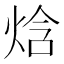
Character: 焓